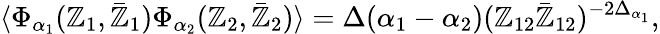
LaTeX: \langle\Phi_{\alpha_{1}}(\mathbb{Z}_{1},\bar{{\mathbb{Z}}}_{1})\Phi_{\alpha_{2}}(\mathbb{Z}_{2},\bar{{\mathbb{Z}}}_{2})\rangle=\Delta(\alpha_{1}-\alpha_{2})(\mathbb{Z}_{12}\bar{{\mathbb{Z}}}_{12})^{-2\Delta_{\alpha_{1}}},